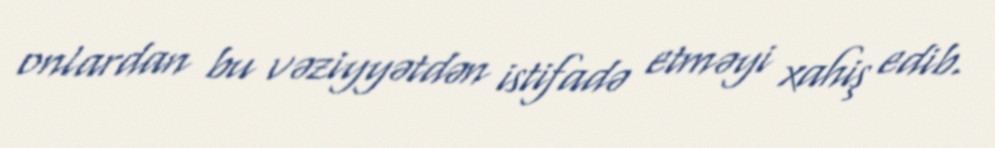
onlardan bu vəziyyətdən istifadə etməyi xahiş edib.